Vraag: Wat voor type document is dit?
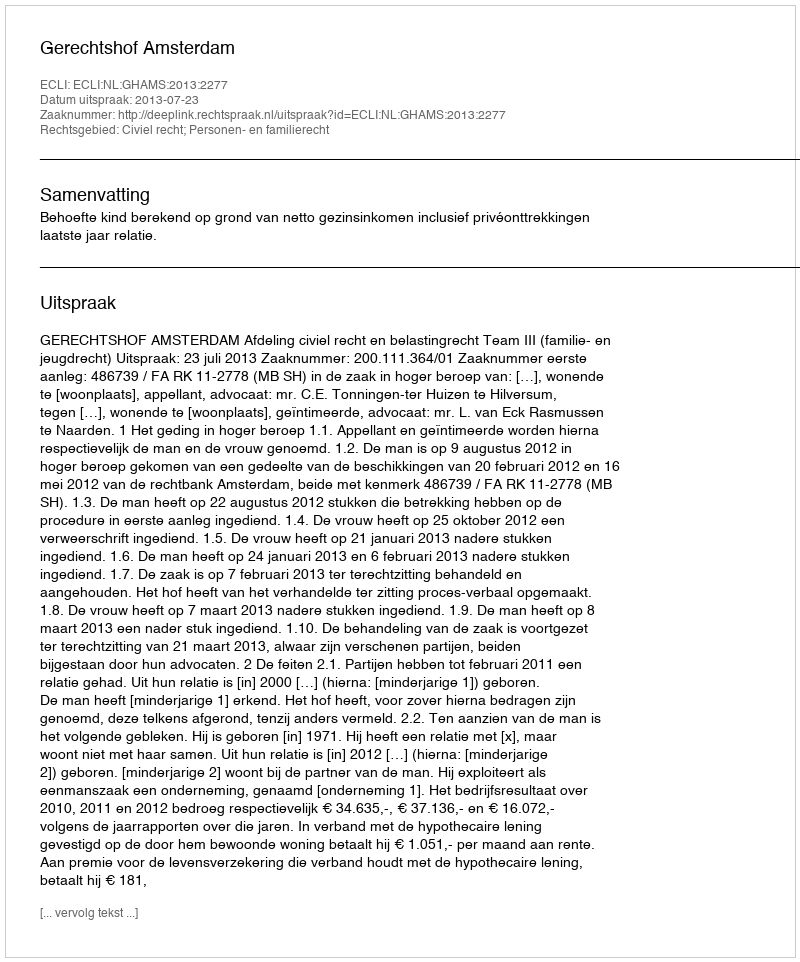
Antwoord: Uitspraak